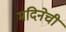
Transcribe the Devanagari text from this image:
मदिनेची